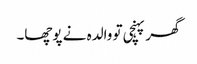
گھر پہنچی تو والدہ نے پوچھا۔